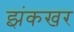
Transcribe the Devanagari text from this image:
झंकखर